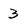
Character: 3